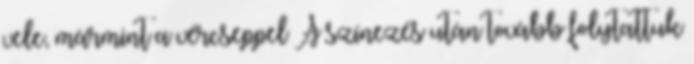
vele, mármint a vércseppel A színezés után tovább folytattuk